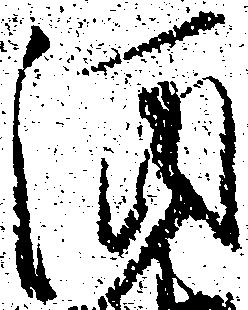
酒